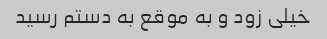
خیلی زود و به موقع به دستم رسید